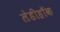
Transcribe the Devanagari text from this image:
लेडीहॉक